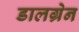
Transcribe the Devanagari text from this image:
डालग्रेन